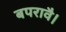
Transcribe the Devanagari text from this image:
बपरावै।